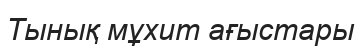
Тынық мұхит ағыстары